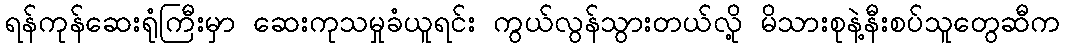
ရန်ကုန်ဆေးရုံကြီးမှာ ဆေးကုသမှုခံယူရင်း ကွယ်လွန်သွားတယ်လို့ မိသားစုနဲ့နီးစပ်သူတွေဆီက